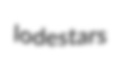
lodestars